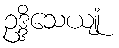
ဥဒ္ဒိသေယျုံ